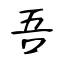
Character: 吾